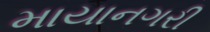
માયાનગરી